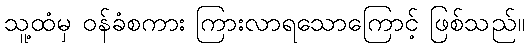
သူ့ထံမှ ဝန်ခံစကား ကြားလာရသောကြောင့် ဖြစ်သည်။